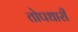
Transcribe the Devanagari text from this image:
तोपधारी